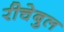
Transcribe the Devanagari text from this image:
रीचेबुल